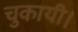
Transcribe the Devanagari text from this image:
चुकायी।